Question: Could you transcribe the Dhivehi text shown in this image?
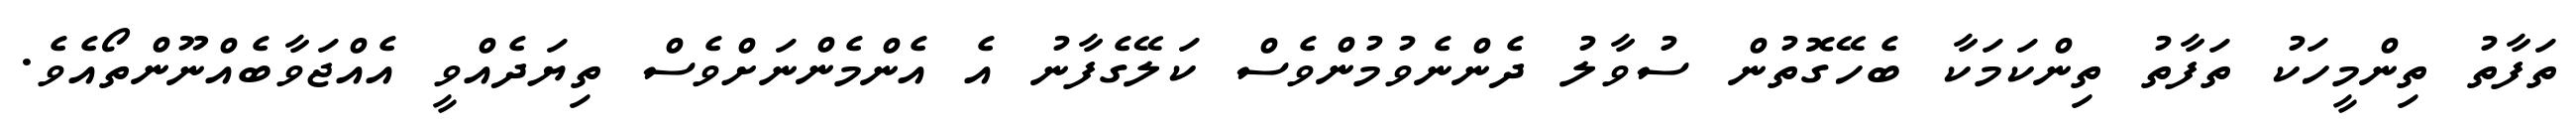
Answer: ތަފާތު ތިންމީހަކު ތަފާތު ތިންކަމަކާ ބެހޭގޮތުން ސުވާލު ދެންނެވުމުންވެސް ކަލޭގެފާނު އެ އެންމެންނަށްވެސް ތިޔަދެއްވީ އެއްޖަވާބެއްނޫންތޯއެވެ.